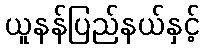
ယူနန်ပြည်နယ်နှင့်